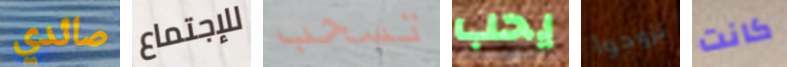
صائدي للإجتماع تسحب يحب تزوجوا كانت